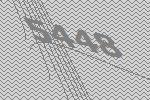
5448